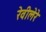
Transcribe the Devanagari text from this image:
रेवीलेरे